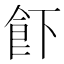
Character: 𱃣